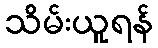
သိမ်းယူရန်